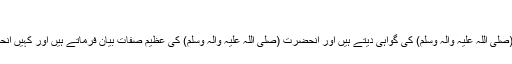
[1] ،[2]
نتیجہ: ان خطبوں میں حضرت امیرالمومنین (علیہ السلام) کہیں پر رسول اللہ (صلی اللہ علیہ وآلہ وسلم) کی گواہی دیتے ہیں اور آنحضرت (صلی اللہ علیہ وآلہ وسلم) کی عظیم صفات بیان فرماتے ہیں اور کہیں آنحضرت (صلی اللہ علیہ وآلہ وسلم) کی رحلت پر غم انگیز جملات فرماتے ہیں۔